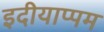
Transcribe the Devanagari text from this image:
इदीयाप्पम